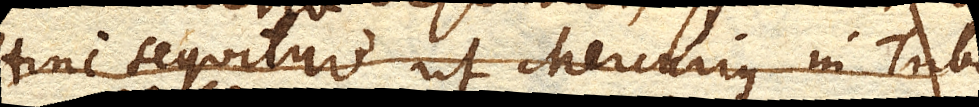
Hinc sequitur ut Mercurius in Tubo